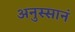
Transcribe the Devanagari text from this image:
अनुस्सानं